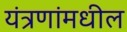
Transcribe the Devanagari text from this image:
यंत्रणांमधील